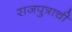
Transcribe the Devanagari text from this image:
राजपुत्राची